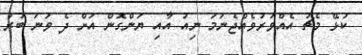
ކުޅޭ މެޗު އެއްވަރުވެއްޖެނަމަ ނިއު އާއި ޔަންގޮން އަށް ދެ ވަނަ ބުރު